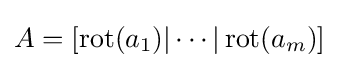
A=[\operatorname {rot} (a_{1})|\cdots |\operatorname {rot} (a_{m})]